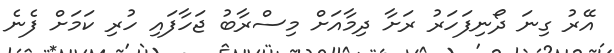
އޭރު ގިނަ ދޯނިފަހަރު ރަށާ ދިމާއަށް މިސްރާބު ޖަހާފައި ހުރި ކަމަށް ފެނެ